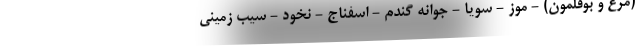
(مرغ و بوقلمون) - موز - سویا - جوانه گندم - اسفناج - نخود - سیب زمینی